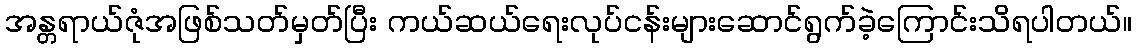
အန္တရာယ်ဇုံအဖြစ်သတ်မှတ်ပြီး ကယ်ဆယ်ရေးလုပ်ငန်းများဆောင်ရွက်ခဲ့ကြောင်းသိရပါတယ်။